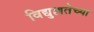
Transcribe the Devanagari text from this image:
विद्युल्लतेच्या